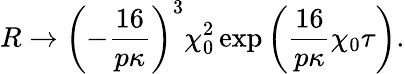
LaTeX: R\rightarrow\left(-\frac{16}{p\kappa}\right)^{3}\chi_{0}^{2}\exp\left(\frac{16}{p\kappa}\chi_{0}\tau\right).